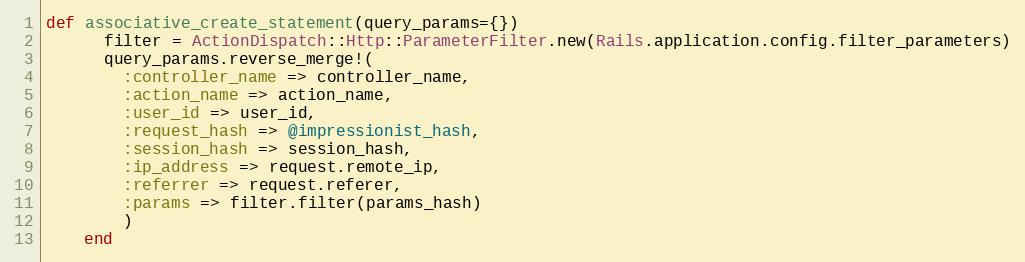
Language: Ruby
def associative_create_statement(query_params={})
      filter = ActionDispatch::Http::ParameterFilter.new(Rails.application.config.filter_parameters)
      query_params.reverse_merge!(
        :controller_name => controller_name,
        :action_name => action_name,
        :user_id => user_id,
        :request_hash => @impressionist_hash,
        :session_hash => session_hash,
        :ip_address => request.remote_ip,
        :referrer => request.referer,
        :params => filter.filter(params_hash)
        )
    end